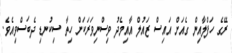
ރޭގެ ހަފްލާއިން ގެއަށް އައިސް ޒައުލް އާއިމެދު ވިސްނިވަރަކަށް ހިތާ ސިކުނޑި ދެބަސްވިއެވެ.